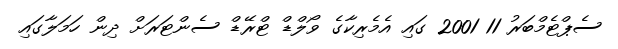
ސެޕްޓެމްބަރު 11 2001 ގައި އެމެރިކާގެ ވޯލްޑް ޓްރޭޑް ސެންޓަރަށް ދިން ހަމަލާގައި